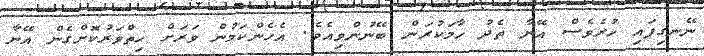
ނޭނގިފައި ހުރެވެސް އޭނާ ތެދު ހާމަކުރަން ބޭނުންވިއެވެ. އެހެންކަމުން ވަރަށް ހިތްވަރުކޮށްގެން އޭނާ